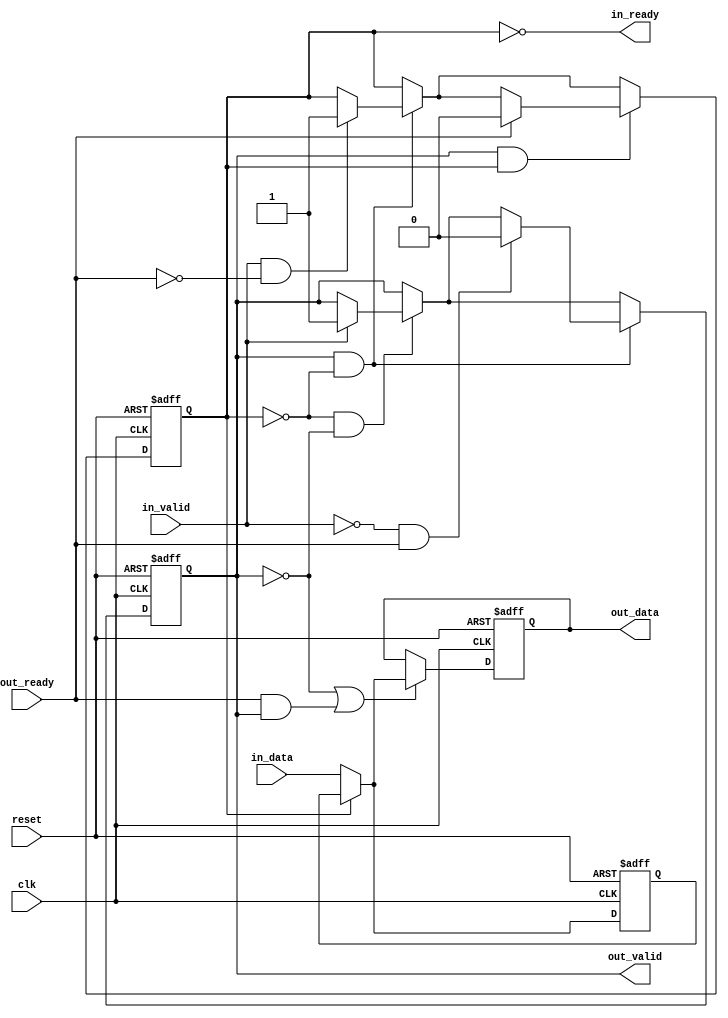
// (C) 2001-2017 Intel Corporation. All rights reserved.
// Your use of Intel Corporation's design tools, logic functions and other 
// software and tools, and its AMPP partner logic functions, and any output 
// files any of the foregoing (including device programming or simulation 
// files), and any associated documentation or information are expressly subject 
// to the terms and conditions of the Intel Program License Subscription 
// Agreement, Intel MegaCore Function License Agreement, or other applicable 
// license agreement, including, without limitation, that your use is for the 
// sole purpose of programming logic devices manufactured by Intel and sold by 
// Intel or its authorized distributors.  Please refer to the applicable 
// agreement for further details.


// $File: //acds/rel/17.0std/ip/avalon_st/altera_avalon_st_pipeline_stage/altera_avalon_st_pipeline_base.v $
// $Revision: #1 $
// $Date: 2017/01/22 $
// $Author: swbranch $
//------------------------------------------------------------------------------

`timescale 1ns / 1ns

module altera_avalon_st_pipeline_base (
                                       clk,
                                       reset,
                                       in_ready,
                                       in_valid,
                                       in_data,
                                       out_ready,
                                       out_valid,
                                       out_data
                                       );

   parameter  SYMBOLS_PER_BEAT  = 1;
   parameter  BITS_PER_SYMBOL   = 8;
   parameter  PIPELINE_READY    = 1;
   localparam DATA_WIDTH = SYMBOLS_PER_BEAT * BITS_PER_SYMBOL;
   
   input clk;
   input reset;
   
   output in_ready;
   input  in_valid;
   input [DATA_WIDTH-1:0] in_data;
   
   input                  out_ready;
   output                 out_valid;
   output [DATA_WIDTH-1:0] out_data;
   
   reg                     full0;
   reg                     full1;
   reg [DATA_WIDTH-1:0]    data0;
   reg [DATA_WIDTH-1:0]    data1;

   assign out_valid = full1;
   assign out_data  = data1;    
   
   generate if (PIPELINE_READY == 1) 
     begin : REGISTERED_READY_PLINE
        
        assign in_ready  = !full0;

        always @(posedge clk, posedge reset) begin
           if (reset) begin
              data0 <= {DATA_WIDTH{1'b0}};
              data1 <= {DATA_WIDTH{1'b0}};
           end else begin
              // ----------------------------
              // always load the second slot if we can
              // ----------------------------
              if (~full0)
                data0 <= in_data;
              // ----------------------------
              // first slot is loaded either from the second,
              // or with new data
              // ----------------------------
              if (~full1 || (out_ready && out_valid)) begin
                 if (full0)
                   data1 <= data0;
                 else
                   data1 <= in_data;
              end
           end
        end
        
        always @(posedge clk or posedge reset) begin
           if (reset) begin
              full0    <= 1'b0;
              full1    <= 1'b0;
           end else begin
              // no data in pipeline
              if (~full0 & ~full1) begin
                 if (in_valid) begin
                    full1 <= 1'b1;
                 end
              end // ~f1 & ~f0

              // one datum in pipeline 
              if (full1 & ~full0) begin
                 if (in_valid & ~out_ready) begin
                    full0 <= 1'b1;
                 end
                 // back to empty
                 if (~in_valid & out_ready) begin
                    full1 <= 1'b0;
                 end
              end // f1 & ~f0
              
              // two data in pipeline 
              if (full1 & full0) begin
                 // go back to one datum state
                 if (out_ready) begin
                    full0 <= 1'b0;
                 end
              end // end go back to one datum stage
           end
        end

     end 
   else 
     begin : UNREGISTERED_READY_PLINE
	
	// in_ready will be a pass through of the out_ready signal as it is not registered
	assign in_ready = (~full1) | out_ready;
	
	always @(posedge clk or posedge reset) begin
	   if (reset) begin
	      data1 <= 'b0;
	      full1 <= 1'b0;
	   end
	   else begin
	      if (in_ready) begin
		 data1 <= in_data;
		 full1 <= in_valid;
	      end
	   end
	end		
     end
   endgenerate
endmodule